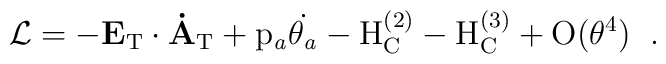
{\cal L}=-\bf E_{\rm T}\cdot \dot{A}_{\rm T}\rm +           p_{\it a}\dot{\theta_{\it a}}          - H_{C}^{(2)}-H_{C}^{(3)}+O(\theta^4)\; \; .\vspace{1em}